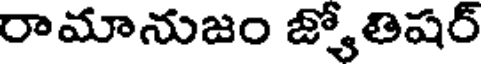
రామానుజం జ్యోతిషర్